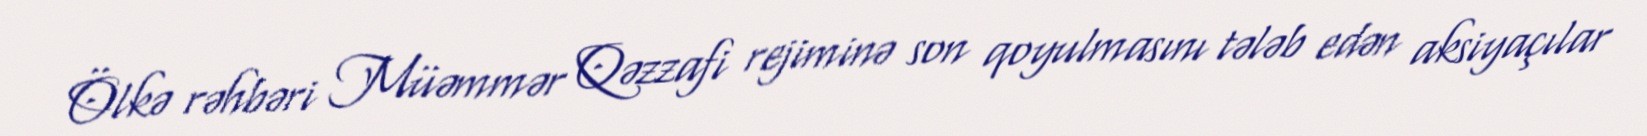
Ölkə rəhbəri Müəmmər Qəzzafi rejiminə son qoyulmasını tələb edən aksiyaçılar